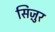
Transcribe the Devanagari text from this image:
सिज़ुर